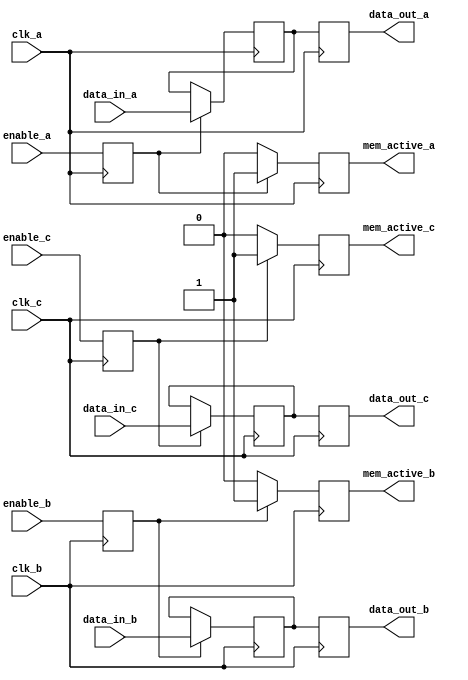
module memory_block (
    input wire clk_a,
    input wire clk_b,
    input wire clk_c,
    input wire enable_a,
    input wire enable_b,
    input wire enable_c,
    input wire [7:0] data_in_a,
    input wire [7:0] data_in_b,
    input wire [7:0] data_in_c,
    output reg [7:0] data_out_a,
    output reg [7:0] data_out_b,
    output reg [7:0] data_out_c,
    output reg mem_active_a,
    output reg mem_active_b,
    output reg mem_active_c
);

    // Memory storage
    reg [7:0] memory [0:255]; // 256 x 8-bit memory

    // Synchronization registers for enable signals
    reg enable_a_sync, enable_b_sync, enable_c_sync;

    // Synchronize enable signals
    always @(posedge clk_a) begin
        enable_a_sync <= enable_a;
    end

    always @(posedge clk_b) begin
        enable_b_sync <= enable_b;
    end

    always @(posedge clk_c) begin
        enable_c_sync <= enable_c;
    end

    // Memory access logic for clock domain A
    always @(posedge clk_a) begin
        if (enable_a_sync) begin
            mem_active_a <= 1'b1;
            // Example: Write data to memory
            memory[0] <= data_in_a; // Write to address 0
            data_out_a <= memory[0]; // Read from address 0
        end else begin
            mem_active_a <= 1'b0;
            // Retain data in low-power state
            data_out_a <= memory[0]; // Ensure data is retained
        end
    end

    // Memory access logic for clock domain B
    always @(posedge clk_b) begin
        if (enable_b_sync) begin
            mem_active_b <= 1'b1;
            // Example: Write data to memory
            memory[1] <= data_in_b; // Write to address 1
            data_out_b <= memory[1]; // Read from address 1
        end else begin
            mem_active_b <= 1'b0;
            // Retain data in low-power state
            data_out_b <= memory[1]; // Ensure data is retained
        end
    end

    // Memory access logic for clock domain C
    always @(posedge clk_c) begin
        if (enable_c_sync) begin
            mem_active_c <= 1'b1;
            // Example: Write data to memory
            memory[2] <= data_in_c; // Write to address 2
            data_out_c <= memory[2]; // Read from address 2
        end else begin
            mem_active_c <= 1'b0;
            // Retain data in low-power state
            data_out_c <= memory[2]; // Ensure data is retained
        end
    end

endmodule